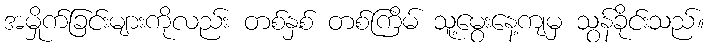
အမှိုက်ခြင်းများကိုလည်း တစ်နှစ် တစ်ကြိမ် သူ့မွေးနေ့ကျမှ သွန်ခိုင်းသည်။